Janeda_(Ambla)_vallavalitsus, lk 3
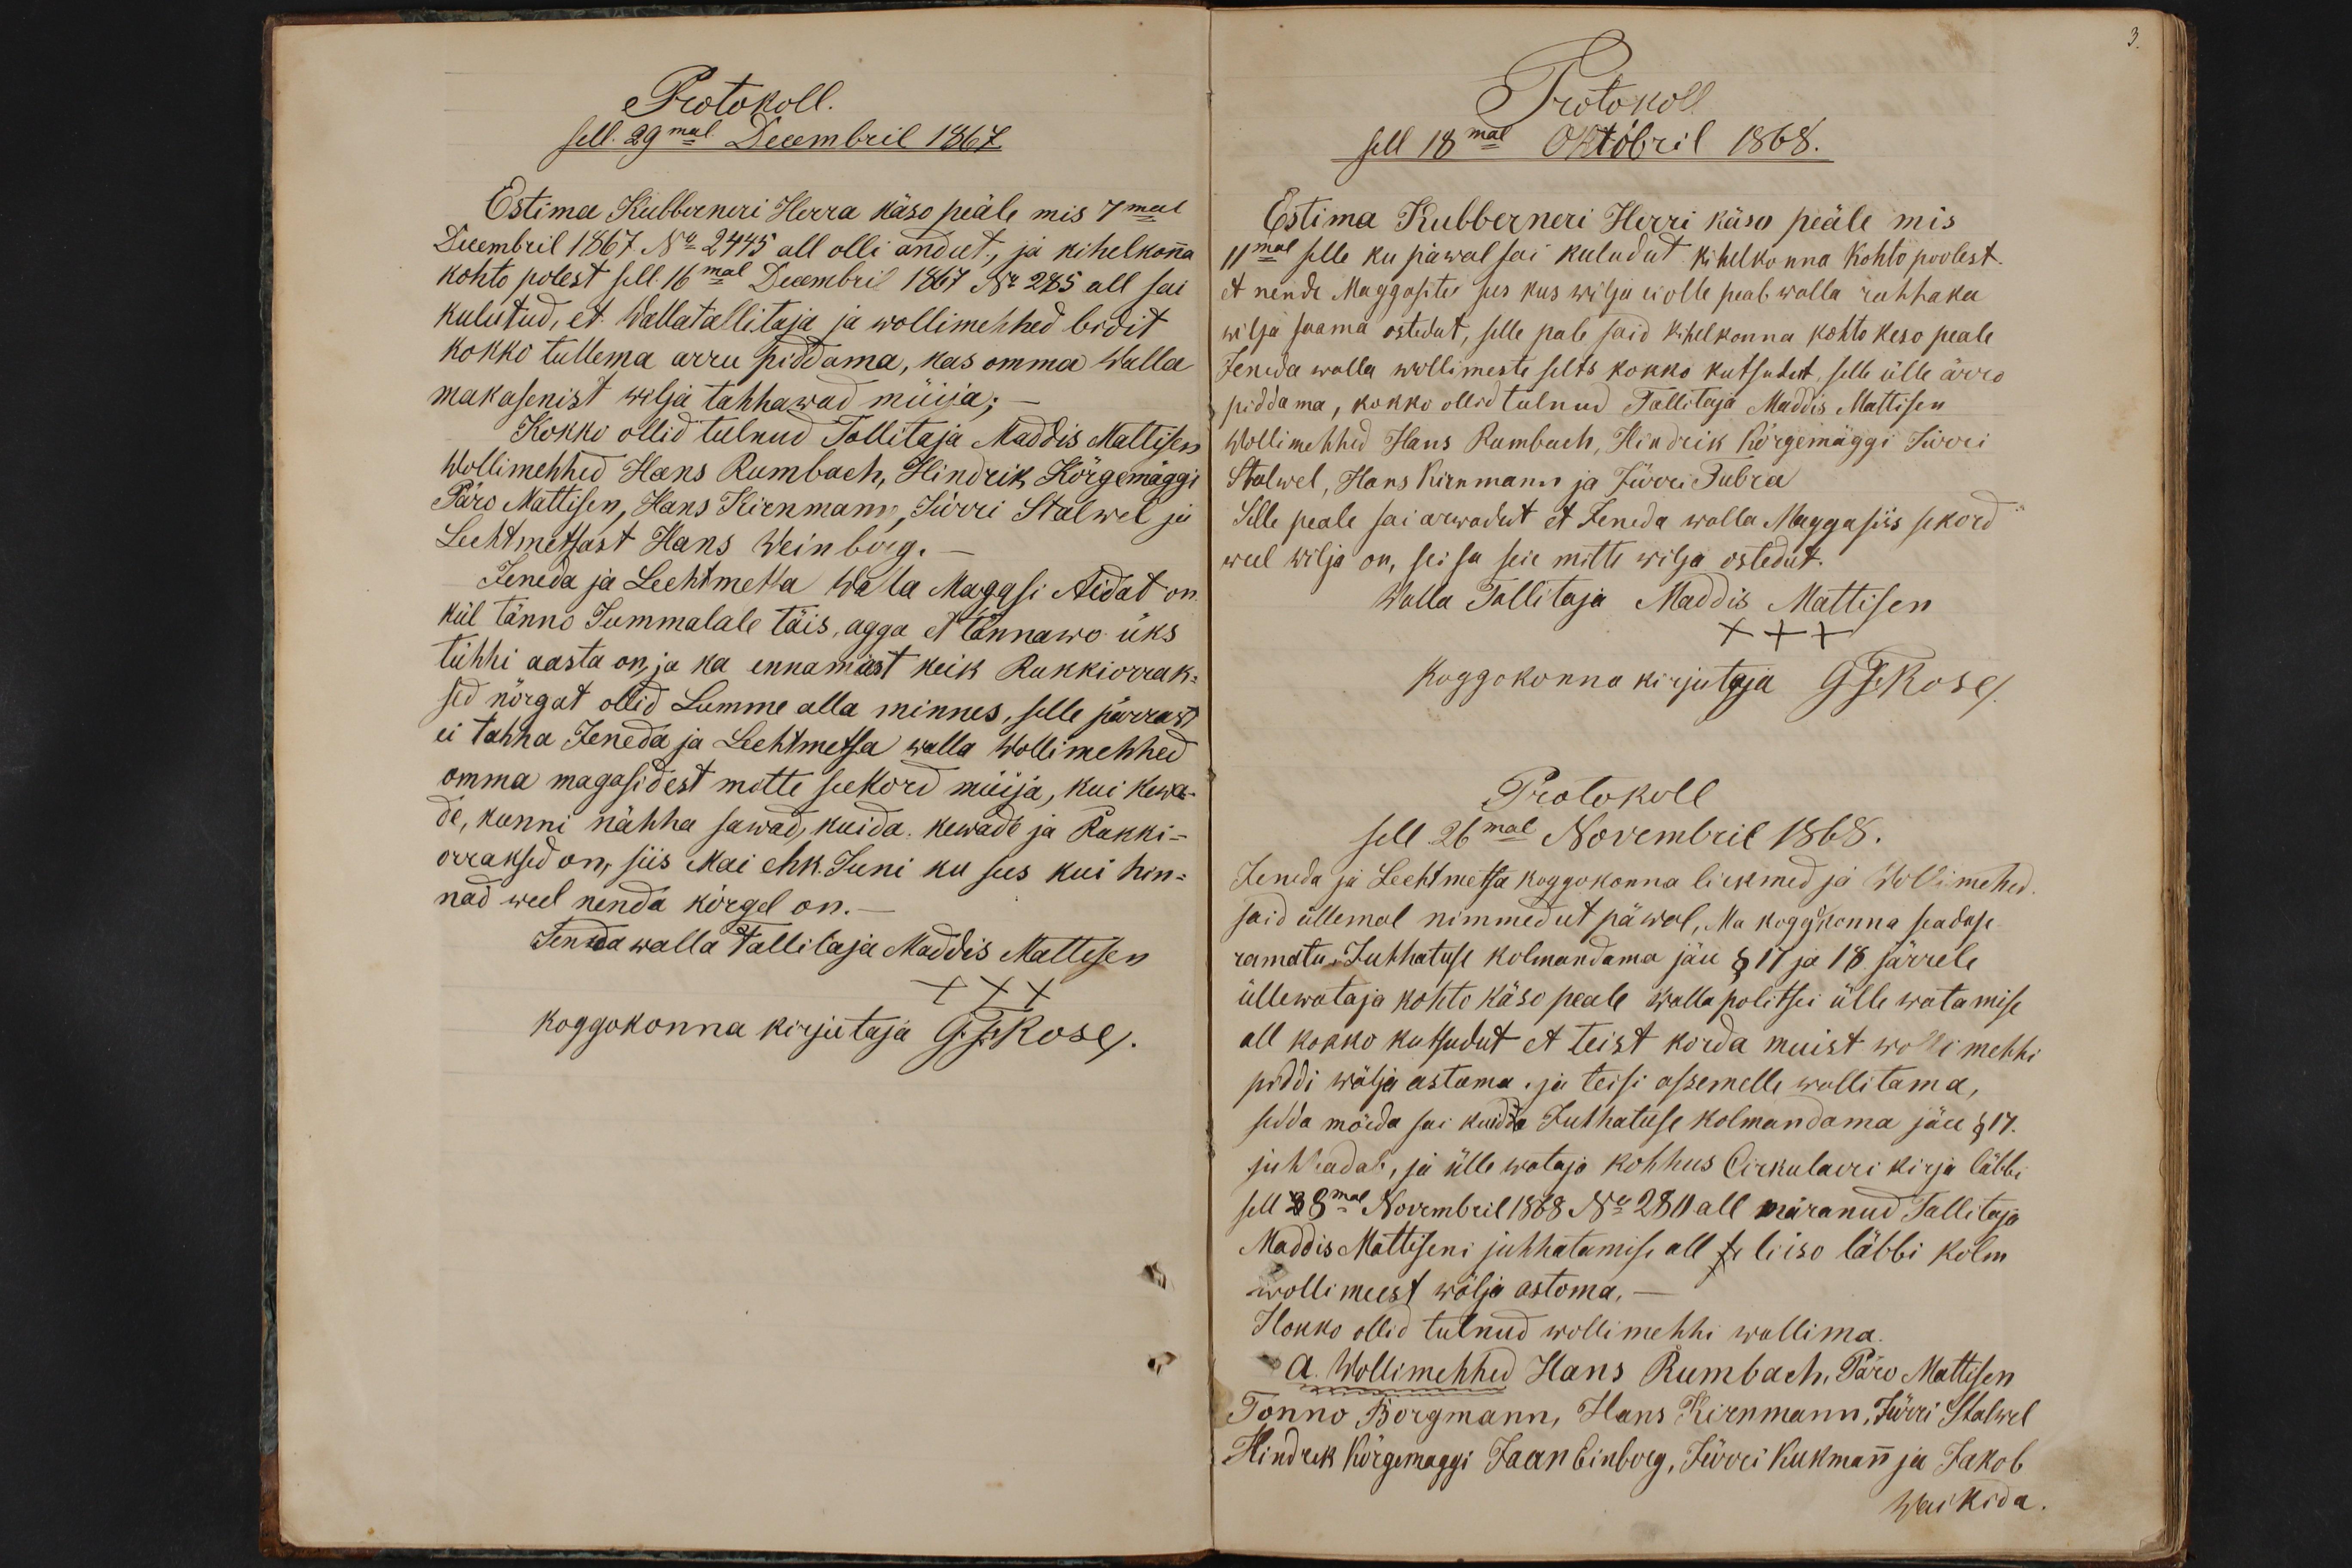
Protokoll.
sell. 29mal Decembril 1867.
Estima Kubberneri Herra käso peäle mis 7mal
Decembril 1867 No. 2445 all olli andut., ja kihelkonna
kohto polest sell 16mal Decembril 1867 No 285 all sai
kulutud, et Wallatallitaja ja wollimehhed bidit
kokko tullema arru piddama, kas omma Walla
makasenist wilja tahhawad müija;
Kokko ollid tulnud Tallitaja Maddis Mattisen
Wollimehhed Hans Rumbach, Hindrik Kõrgemäggi
Päro Mattisen, Hans Kirnmann, Jürri Stalwel ja
Lechtmetsast Hans Weinberg. -
Jeneda ja Lechtmesta Walla Magasi Aidat on
kül tänno Jummalale täis, agga et tännawo üks
tühhi aasta on, ja ka ennamast keik Rukkiorrak-
sed nõrgat ollid Lumme alla minnes, selle pärrast
ei tahha Jeneda ja Lechtmetsa walla Wollimehhed
omma magasidest mitte seekord müija, kui kewa-
de, kunni nähha sawad, kuida kewade ja Rukki-
orraksed on, siis Mai ehk. Juni ku sees kui hin-
nad weel nenda kõrgel on.
Jeneda walla Tallilaja Maddis Mattisen
XXX
koggokonna kirjutaja G. F. Rose/.

Protokoll
sell 18mal Oktobril 1868.
Estima Kubberneri Herri käsu peäle mis
11mal selle ku päwal sai kuludut kihelkonna kohto poolest,
et nende Maggasite sees kus wilja ei olle peab walla rahhaka
wilja saama ostedut, selle pale said kihelkonna kohto keso peale
Jeneda walla wollimeste selts kokko kutsudut, selle ülle ärro
piddama, kokko ollid tulnud Tallitaja Maddis Mattisen
Wollimehhed Hans Rumbach, Hindrik Kõrgemäggi Jürri
Stalwel, Hans Kirnmann ja Jürri Tubra
Selle peale sai arwadut et Jenda walla Maggasiis sekord
weel wilja on, sei sa seie mitte wilja ostedut.
Walla Tallitaja Maddis Mattisen
XXX
Koggokonna kirjutaja GFRose/.
Protokoll
sell 26mal Novembril 1868.
Jeneda ja Lechtmetsa koggokonna liikmed ja Wollimehed
said üllemal nimmedut päwal, Ma koggokonna seaduse
ramatu, Juhhatuse kolmandama jäu § 17 ja 18 järrele
üllewataja kohto käso peale walla politsei ülle watamise
all kokko kutsudut et teist korda muist wollimehhi
piddi wälja astoma, ja teisi assemelle wollitama,
sedda möeda sai kuida Juhhatuse kolmandama jäu §17.
juhhadab, ja ülle wataja kohhus Cirkulaeri kirja läbbi
sell 28mal Novembril 1868 No 280 all märanud Tallitaja
Maddis Mattiseni juhhatamise all se liiso läbbi kolm
wolli meest wälja astoma.
Kokko ollid tulnud wollimehhi wallima.
A. Wollimehhed Hans Rumbach, Päro Mattisen
Tonno Borgmann, Hans Kirnmann, Jürri Stalwel
Hindrik Kõrgemaggi Jaan Einberg, Jürri Kukmann ja Jakob
Waikida